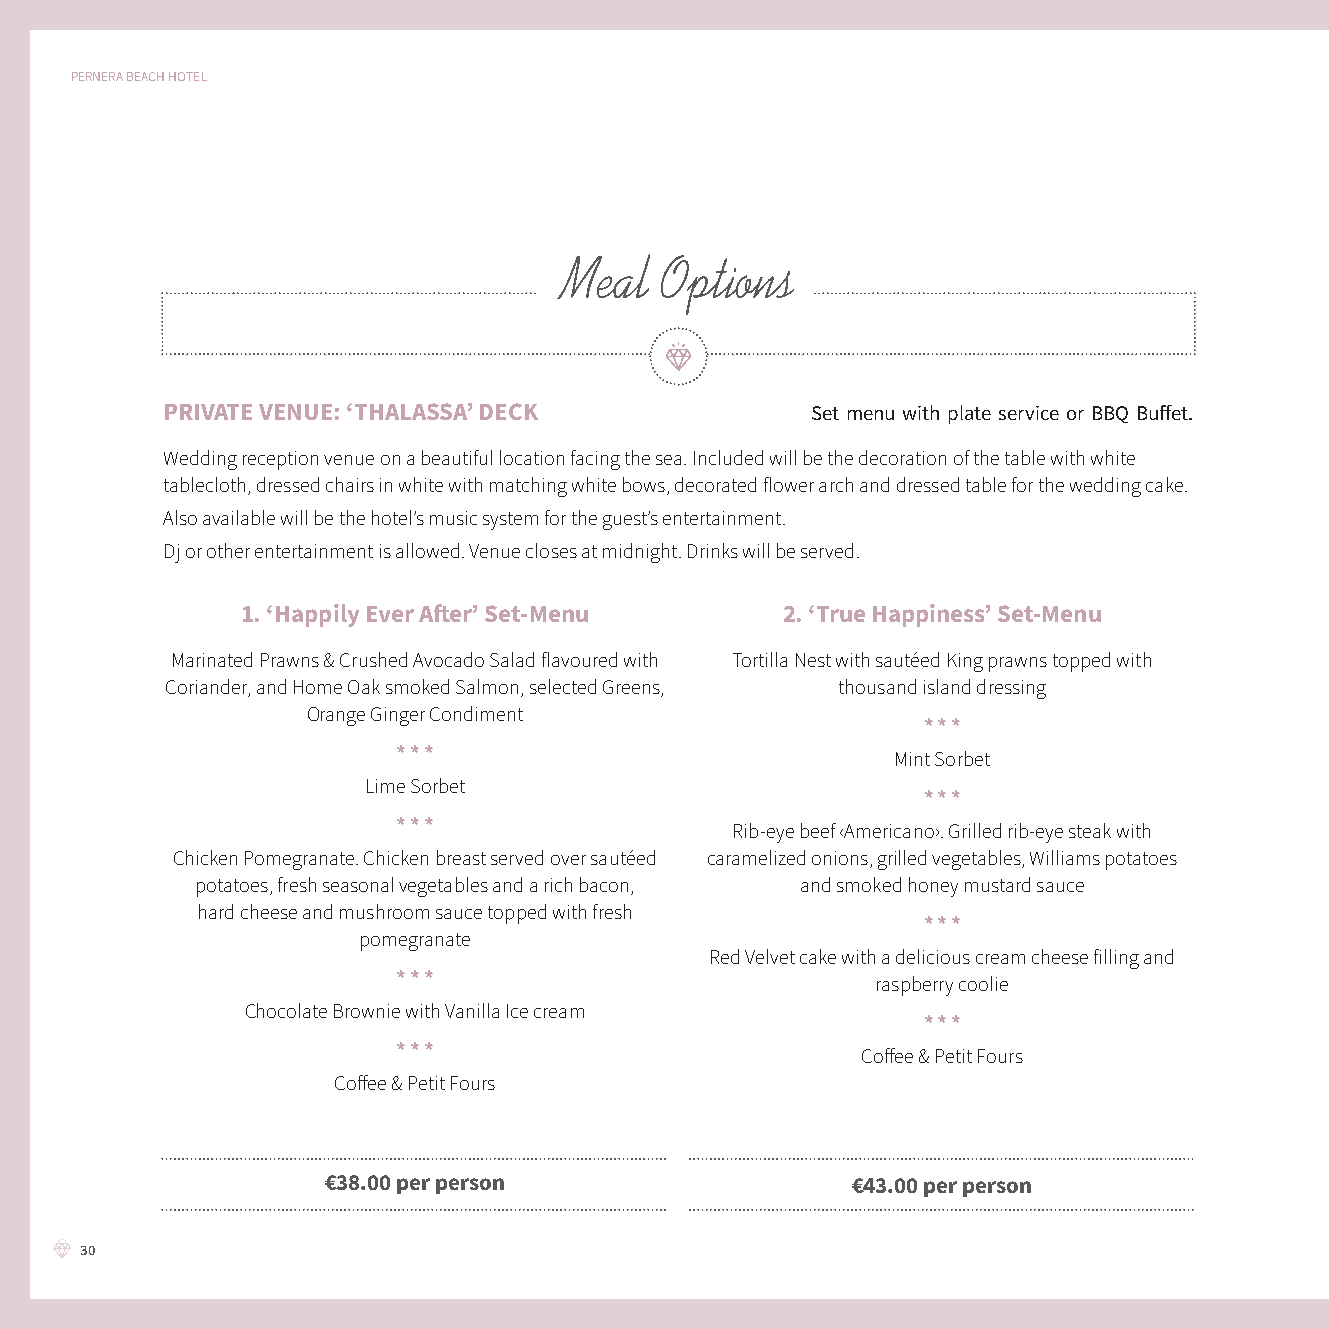
PERNERA BEACH HOTEL
 Meal   Options
 PRIVATE VENUE: ‘THALASSA’ DECK             Set menu with plate service or BBQ Buff et.
 Wedding reception venue on a beautiful location facing the sea. Included will be the decoration of the table with white
 tablecloth, dressed chairs in white with matching white bows, decorated flower arch and dressed table for the wedding cake.
 Also available will be the hotel’s music system for the guest’s entertainment.
 Dj or other entertainment is allowed. Venue closes at midnight. Drinks will be served.
 1. ‘Happily Ever Aft er’ Set-Menu   2. ‘True Happiness’ Set-Menu
 Marinated Prawns & Crushed Avocado Salad flavoured with Tortilla Nest with sautéed King prawns topped with
 Coriander, and Home Oak smoked Salmon, selected Greens, thousand island dressing
 Orange Ginger Condiment
 * * *
 * * *
 Mint Sorbet
 Lime Sorbet
 * * *
 * * *
 Rib-eye beef ‹Americano›. Grilled rib-eye steak with
 Chicken Pomegranate. Chicken breast served over sautéed caramelized onions, grilled vegetables, Williams potatoes
 potatoes, fresh seasonal vegetables and a rich bacon, and smoked honey mustard sauce
 hard cheese and mushroom sauce topped with fresh
 * * *
 pomegranate
 Red Velvet cake with a delicious cream cheese filling and
 * * *
 raspberry coolie
 Chocolate Brownie with Vanilla Ice cream
 * * *
 * * *
 Coff ee & Petit Fours
 Coff ee & Petit Fours
 €38.00 per person                  €43.00 per person
 30